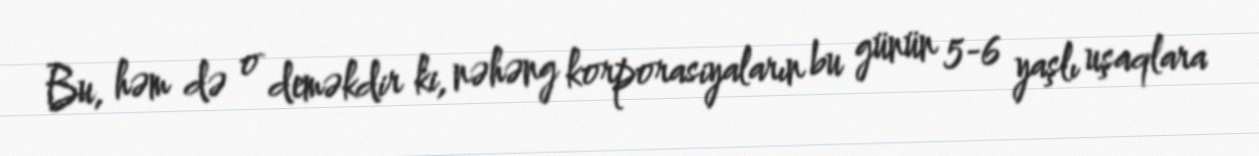
Bu, həm də o deməkdir ki, nəhəng korporasiyaların bu günün 5-6 yaşlı uşaqlara